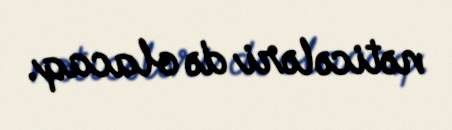
nəticələri də olacaq.